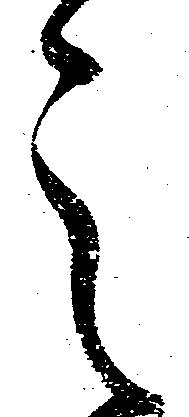
之